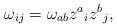
\begin{align*}\omega_{ij} = \omega_{ab} z^a{}_i z^b{}_j,\end{align*}